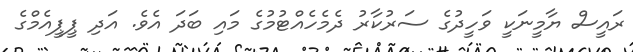
ރައީސް ޔާމީނަކީ ވަހީދުގެ ސަރުކާރު ދެމެހެއްޓުމުގެ މައި ބަދަ އެވެ. އަދި ޕީޕީއެމްގެ